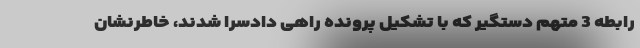
رابطه 3 متهم دستگیر که با تشکیل پرونده راهی دادسرا شدند، خاطرنشان